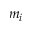
m _ { i }